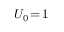
U _ { 0 } \! = \! 1